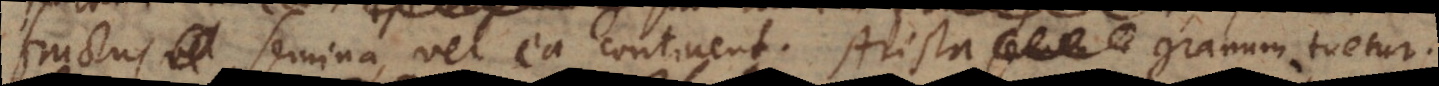
semina, vel ea continent. Arista semen granum tuetur.